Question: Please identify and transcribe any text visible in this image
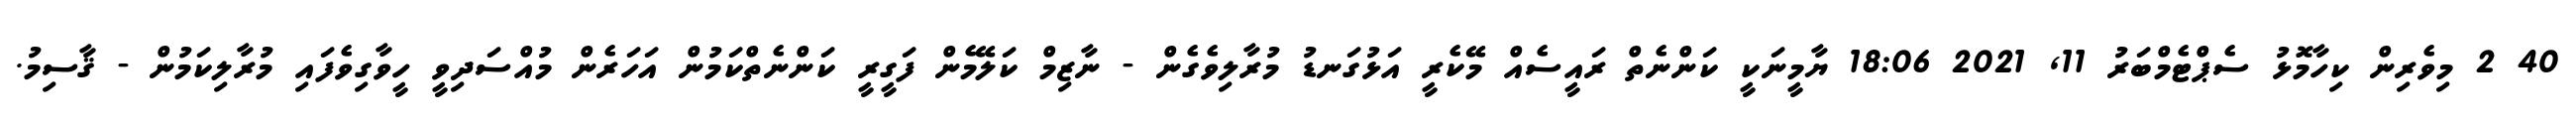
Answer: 40 2 މިވެރިން ކިހާމޮޅު ސެޕްޓެމްބަރު 11, 2021 18:06 ޔާމީނަކީ ކަންނެތް ރައީސެއް މޭކެރީ އަޅުގަނޑު މުރާލިވެގެން - ނާޒިމް ކަލޭމެން ފަގީރީ ކަންނެތްކަމުން އަހަރެން މުއްސަދިވީ ހީވާގިވެފައި މުރާލިކަމުން - ޤާސިމު.